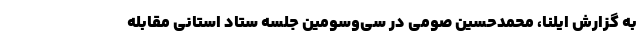
به گزارش ایلنا، محمدحسین صومی در سی‌وسومین جلسه ستاد استانی مقابله